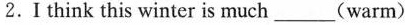
2.I think this winter is much___(warm)